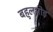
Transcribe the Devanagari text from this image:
बहुलमोड़